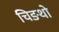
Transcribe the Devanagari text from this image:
चिङथो